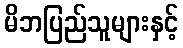
မိဘပြည်သူများနှင့်